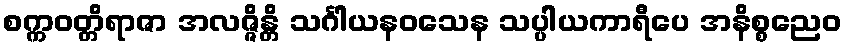
စက္ကဝတ္တိရာဇာ အလဇ္ဇိန္တိ သင်္ဂါယနဝသေန သပ္ပါယကာရီပေ အနိစ္စညေဝ